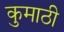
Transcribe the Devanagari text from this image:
कुमाठी